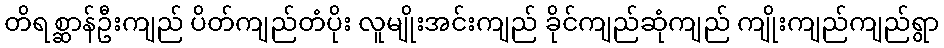
တိရစ္ဆာန်ဦးကျည် ပိတ်ကျည်တံပိုး လူမျိုးအင်းကျည် ခိုင်ကျည်ဆုံကျည် ကျိုးကျည်ကျည်ရွာ